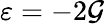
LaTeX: \varepsilon=-2\mathcal{G}